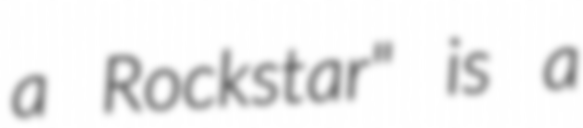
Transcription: a Rockstar" is a